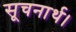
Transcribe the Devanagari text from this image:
सूचनार्थ।